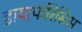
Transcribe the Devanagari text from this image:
डायाफोरेसिस